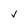
Character: v